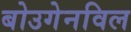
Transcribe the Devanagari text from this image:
बोउगेनविल